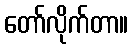
တော်လိုက်တာ။